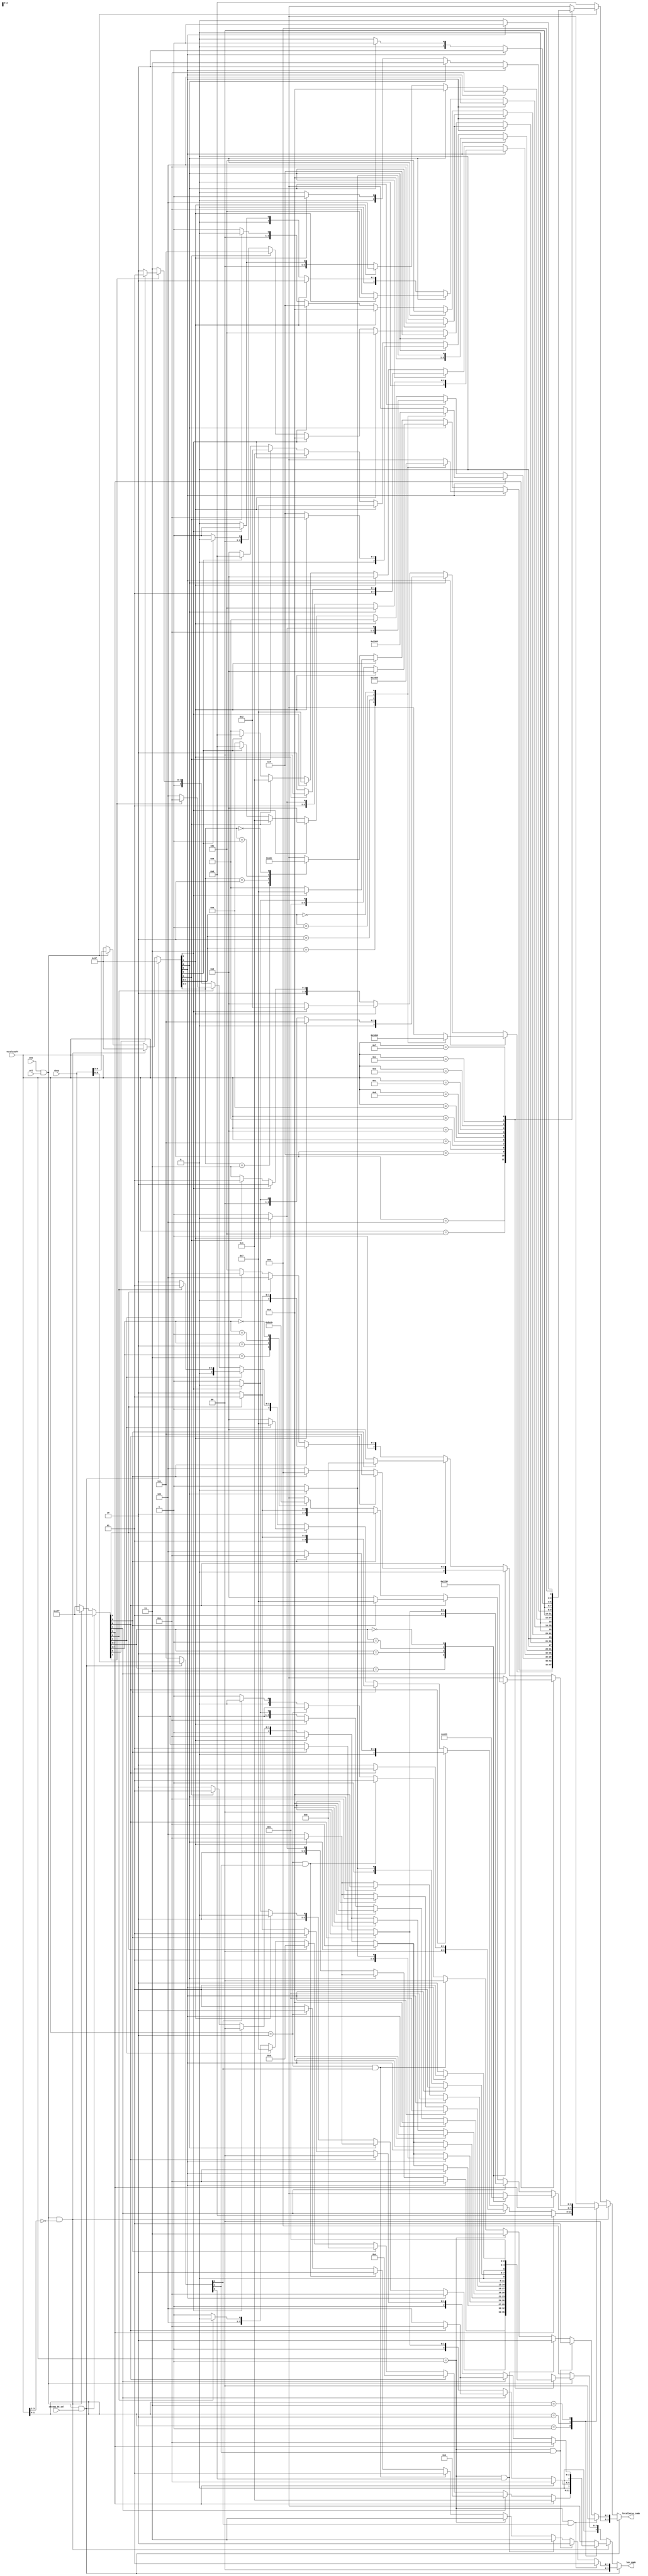
//////////////////////////////////////////////////////////////////////
////                                                              ////
////  cavlc_read_total_zeros                                      ////
////                                                              ////
////  Description                                                 ////
////       decode total_zeros                                     ////
////                                                              ////
////  Author(s):                                                  ////
////      - bin qiu, qiubin@opencores.org                         ////
////                                                              ////
//////////////////////////////////////////////////////////////////////
////                                                              ////
//// Copyright (C) 2011 Authors and OPENCORES.ORG                 ////
////                                                              ////
//// This source file may be used and distributed without         ////
//// restriction provided that this copyright statement is not    ////
//// removed from the file and that any derivative work contains  ////
//// the original copyright notice and the associated disclaimer. ////
////                                                              ////
//// This source file is free software; you can redistribute it   ////
//// and/or modify it under the terms of the GNU Lesser General   ////
//// Public License as published by the Free Software Foundation; ////
//// either version 2.1 of the License, or (at your option) any   ////
//// later version.                                               ////
////                                                              ////
//// This source is distributed in the hope that it will be       ////
//// useful, but WITHOUT ANY WARRANTY; without even the implied   ////
//// warranty of MERCHANTABILITY or FITNESS FOR A PARTICULAR      ////
//// PURPOSE.  See the GNU Lesser General Public License for more ////
//// details.                                                     ////
////                                                              ////
//// You should have received a copy of the GNU Lesser General    ////
//// Public License along with this source; if not, download it   ////
//// from http://www.opencores.org/lgpl.shtml                     ////
////                                                              ////
//////////////////////////////////////////////////////////////////////

//2011-8-14 initial version

`timescale 1ns / 1ns // timescale time_unit/time_presicion






















module cavlc_read_total_zeros
(
    ena,
    sel,
    chroma_DC_sel,
    rbsp,
    TotalCoeff,
    TotalZeros_comb,
    len_comb
);
//------------------------
//ports
//------------------------
input   ena;
input   sel;
input   chroma_DC_sel;
input   [0:8]   rbsp;
input   [3:0]   TotalCoeff;

output  [3:0]   TotalZeros_comb;
output  [3:0]   len_comb;

//-------------------------
//rregs
//-------------------------
reg     [3:0]   TotalZeros_comb;    //TotalZeros will be saved as ZeroLeft in module cavlc_read_run_befores 
reg     [3:0]   len_comb;


//for  chroma_DC
reg     [0:2]   rbsp_chroma_DC;         
reg     [1:0]   TotalZeros_chroma_DC;
reg     [1:0]   len_chroma_DC;

//for TotalCoeff <= 3
reg     [0:8]   rbsp_LE3;       
reg     [3:0]   TotalZeros_LE3;
reg     [3:0]   len_LE3;

//for TotalCoeff > 3
reg     [0:5]   rbsp_G3;        
reg     [3:0]   TotalZeros_G3;
reg     [2:0]   len_G3;


//----------------------------------------
//input mux
//----------------------------------------
always @(*)
if (ena && sel && chroma_DC_sel) begin
    rbsp_chroma_DC  <= rbsp[0:2];
    rbsp_LE3        <= 'hffff;
    rbsp_G3         <= 'hffff;
end
else if (ena && sel && TotalCoeff[3:2] == 2'b00) begin
    rbsp_chroma_DC  <= 'hffff;
    rbsp_LE3        <= rbsp[0:8];
    rbsp_G3         <= 'hffff;
end
else if (ena && sel)begin
    rbsp_chroma_DC  <= 'hffff;
    rbsp_LE3        <= 'hffff;
    rbsp_G3         <= rbsp[0:5];
end
else begin
    rbsp_chroma_DC  <= 'hffff;
    rbsp_LE3        <= 'hffff;
    rbsp_G3         <= 'hffff;
end

//----------------------------------------
//TotalZeros_chroma_DC & len_chroma_DC
//----------------------------------------
always @(*)
if ( TotalCoeff == 1 && rbsp_chroma_DC[0] ) begin
    TotalZeros_chroma_DC    <= 0;
    len_chroma_DC           <= 1;
end
else if ( TotalCoeff == 1 && rbsp_chroma_DC[1] ) begin
    TotalZeros_chroma_DC    <= 1;
    len_chroma_DC           <= 2;
end
else if ( TotalCoeff == 1 && rbsp_chroma_DC[2] ) begin
    TotalZeros_chroma_DC    <= 2;
    len_chroma_DC           <= 3;
end
else if ( TotalCoeff == 1 ) begin
    TotalZeros_chroma_DC    <= 3;
    len_chroma_DC           <= 3;
end
else if ( TotalCoeff == 2 && rbsp_chroma_DC[0] ) begin
    TotalZeros_chroma_DC    <= 0;
    len_chroma_DC           <= 1;
end
else if ( TotalCoeff == 2 && rbsp_chroma_DC[1] ) begin
    TotalZeros_chroma_DC    <= 1;
    len_chroma_DC           <= 2;
end
else if ( TotalCoeff == 2 ) begin
    TotalZeros_chroma_DC    <= 2;
    len_chroma_DC           <= 2;
end
else if ( rbsp_chroma_DC[0] ) begin
    TotalZeros_chroma_DC    <= 0;
    len_chroma_DC           <= 1;
end
else begin
    TotalZeros_chroma_DC    <= 1;
    len_chroma_DC           <= 1;
end


//---------------------------------
//TotalZeros_LE3 & len_LE3
//---------------------------------
always @(rbsp_LE3 or TotalCoeff)
case (TotalCoeff[1:0])
1 :begin
    case(1'b1)
    rbsp_LE3[0] : begin
        TotalZeros_LE3  <= 0;
        len_LE3         <= 1;   
    end
    rbsp_LE3[1] : begin
        len_LE3         <= 3;
        if (rbsp_LE3[2])
            TotalZeros_LE3  <= 1;
        else
            TotalZeros_LE3  <= 2;
    end
    rbsp_LE3[2] : begin
        len_LE3         <= 4;
        if (rbsp_LE3[3])
            TotalZeros_LE3  <= 3;
        else
            TotalZeros_LE3  <= 4;
    end
    rbsp_LE3[3] : begin
        len_LE3         <= 5;
        if (rbsp_LE3[4])
            TotalZeros_LE3  <= 5;
        else
            TotalZeros_LE3  <= 6;
    end
    rbsp_LE3[4] : begin
        len_LE3         <= 6;
        if (rbsp_LE3[5])
            TotalZeros_LE3  <= 7;
        else
            TotalZeros_LE3  <= 8;
    end
    rbsp_LE3[5] : begin
        len_LE3         <= 7;
        if (rbsp_LE3[6])
            TotalZeros_LE3  <= 9;
        else
            TotalZeros_LE3  <= 10;
    end
    rbsp_LE3[6] : begin
        len_LE3         <= 8;
        if (rbsp_LE3[7])
            TotalZeros_LE3  <= 11;
        else
            TotalZeros_LE3  <= 12;
    end
    rbsp_LE3[7] : begin
        len_LE3         <= 9;
        if (rbsp_LE3[8])
            TotalZeros_LE3  <= 13;
        else
            TotalZeros_LE3  <= 14;
    end
    default : begin
        len_LE3         <= 9;
        TotalZeros_LE3  <= 15;
    end
    endcase
end
2 : begin
    case(1'b1)
    rbsp_LE3[0] : begin
        len_LE3 <= 3;
        case(rbsp_LE3[1:2])
        'b11 :  TotalZeros_LE3  <= 0;
        'b10 :  TotalZeros_LE3  <= 1;
        'b01 :  TotalZeros_LE3  <= 2;
        'b00 :  TotalZeros_LE3  <= 3;
        endcase
    end
    rbsp_LE3[1] : begin
        if (rbsp_LE3[2]) begin
            TotalZeros_LE3  <= 4;
            len_LE3         <= 3;
        end
        else begin
            len_LE3         <= 4;
            if (rbsp_LE3[3])
                TotalZeros_LE3  <= 5;
            else
                TotalZeros_LE3  <= 6;
        end
    end
    rbsp_LE3[2] : begin
        len_LE3         <= 4;
        if (rbsp_LE3[3])
            TotalZeros_LE3  <= 7;
        else
            TotalZeros_LE3  <= 8;
    end
    rbsp_LE3[3] : begin
        len_LE3         <= 5;
        if (rbsp_LE3[4])
            TotalZeros_LE3  <= 9;
        else
            TotalZeros_LE3  <= 10;
    end
    default : begin
        len_LE3 <= 6;
        case(rbsp_LE3[4:5])
        'b11 :  TotalZeros_LE3  <= 11;
        'b10 :  TotalZeros_LE3  <= 12;
        'b01 :  TotalZeros_LE3  <= 13;
        'b00 :  TotalZeros_LE3  <= 14;
        endcase
    end
    endcase
end
3 : begin
    case(1'b1)
    rbsp_LE3[0] : begin
        len_LE3 <= 3;
        case(rbsp_LE3[1:2])
        'b11 :  TotalZeros_LE3  <= 1;
        'b10 :  TotalZeros_LE3  <= 2;
        'b01 :  TotalZeros_LE3  <= 3;
        'b00 :  TotalZeros_LE3  <= 6;
        endcase
    end
    rbsp_LE3[1] : begin
        if (rbsp_LE3[2]) begin
            TotalZeros_LE3  <= 7;
            len_LE3         <= 3;
        end
        else begin
            len_LE3         <= 4;
            if (rbsp_LE3[3])
                TotalZeros_LE3  <= 0;
            else
                TotalZeros_LE3  <= 4;
        end
    end
    rbsp_LE3[2] : begin
        len_LE3         <= 4;
        if (rbsp_LE3[3])
            TotalZeros_LE3  <= 5;
        else
            TotalZeros_LE3  <= 8;
    end
    rbsp_LE3[3] : begin
        len_LE3         <= 5;
        if (rbsp_LE3[4])
            TotalZeros_LE3  <= 9;
        else
            TotalZeros_LE3  <= 10;
    end
    rbsp_LE3[4] : begin
        len_LE3         <= 5;
        TotalZeros_LE3  <= 12;
    end
    default : begin
        len_LE3 <= 6;
        if(rbsp_LE3[5])
            TotalZeros_LE3  <= 11;
        else
            TotalZeros_LE3  <= 13;      
    end
    endcase
end
default : begin
    len_LE3         <= 'bx;
    TotalZeros_LE3  <= 'bx;
end
endcase

//---------------------------------
//TotalZeros_G3 & len_G3
//---------------------------------
always @(rbsp_G3 or TotalCoeff)
case (TotalCoeff)
4 : begin
    case(1'b1)
    rbsp_G3[0] : begin
        len_G3  <= 3;
        case(rbsp_G3[1:2])
        'b11 :  TotalZeros_G3   <= 1;
        'b10 :  TotalZeros_G3   <= 4;
        'b01 :  TotalZeros_G3   <= 5;
        'b00 :  TotalZeros_G3   <= 6;
        endcase
    end
    rbsp_G3[1] : begin
        if (rbsp_G3[2]) begin
            TotalZeros_G3   <= 8;
            len_G3          <= 3;
        end
        else begin
            len_G3          <= 4;
            if (rbsp_G3[3])
                TotalZeros_G3   <= 2;
            else
                TotalZeros_G3   <= 3;
        end
    end
    rbsp_G3[2] : begin
        len_G3          <= 4;
        if (rbsp_G3[3])
            TotalZeros_G3   <= 7;
        else
            TotalZeros_G3   <= 9;
    end
    default : begin
        len_G3  <= 5;
        case(rbsp_G3[3:4])
        'b11 :  TotalZeros_G3   <= 0;
        'b10 :  TotalZeros_G3   <= 10;
        'b01 :  TotalZeros_G3   <= 11;
        'b00 :  TotalZeros_G3   <= 12;
        endcase
    end
    endcase
end
5 :begin
    case(1'b1)
    rbsp_G3[0] : begin
        len_G3  <= 3;
        case(rbsp_G3[1:2])
        'b11 :  TotalZeros_G3   <= 3;
        'b10 :  TotalZeros_G3   <= 4;
        'b01 :  TotalZeros_G3   <= 5;
        'b00 :  TotalZeros_G3   <= 6;
        endcase
    end
    rbsp_G3[1] : begin
        if (rbsp_G3[2]) begin
            TotalZeros_G3   <= 7;
            len_G3          <= 3;
        end
        else begin
            len_G3          <= 4;
            if (rbsp_G3[3])
                TotalZeros_G3   <= 0;
            else
                TotalZeros_G3   <= 1;
        end
    end
    rbsp_G3[2] : begin
        len_G3          <= 4;
        if (rbsp_G3[3])
            TotalZeros_G3   <= 2;
        else
            TotalZeros_G3   <= 8;
    end
    rbsp_G3[3] : begin
        len_G3          <= 4;
        TotalZeros_G3   <= 10;
    end
    default : begin
        len_G3  <= 5;
        if (rbsp_G3[4])
            TotalZeros_G3   <= 9;
        else
            TotalZeros_G3   <= 11;
    end
    endcase
end
6 : begin
    case(1'b1)
    rbsp_G3[0] : begin
        len_G3  <= 3;
        case(rbsp_G3[1:2])
        'b11 :  TotalZeros_G3   <= 2;
        'b10 :  TotalZeros_G3   <= 3;
        'b01 :  TotalZeros_G3   <= 4;
        'b00 :  TotalZeros_G3   <= 5;
        endcase
    end
    rbsp_G3[1] : begin
        len_G3          <= 3;
        if (rbsp_G3[2])
            TotalZeros_G3   <= 6;
        else
            TotalZeros_G3   <= 7;
    end
    rbsp_G3[2] : begin
        len_G3          <= 3;
        TotalZeros_G3   <= 9;
    end
    rbsp_G3[3] : begin
        len_G3          <= 4;
        TotalZeros_G3   <= 8;
    end
    rbsp_G3[4] : begin
        len_G3          <= 5;
        TotalZeros_G3   <= 1;
    end
    default : begin
        len_G3  <= 6;
        if (rbsp_G3[5])
            TotalZeros_G3   <= 0;
        else
            TotalZeros_G3   <= 10;
    end
    endcase
end
7 :begin
    case(1'b1)
    rbsp_G3[0] : begin
        if (rbsp_G3[1]) begin
            TotalZeros_G3   <= 5;
            len_G3          <= 2;
        end
        else begin
            len_G3          <= 3;
            if (rbsp_G3[2])
                TotalZeros_G3   <= 2;
            else
                TotalZeros_G3   <= 3;
        end
    end
    rbsp_G3[1] : begin
        len_G3  <= 3;
        if (rbsp_G3[2])
            TotalZeros_G3   <= 4;
        else
            TotalZeros_G3   <= 6;
    end
    rbsp_G3[2] : begin
        len_G3          <= 3;
        TotalZeros_G3   <= 8;
    end
    rbsp_G3[3] : begin
        len_G3          <= 4;
        TotalZeros_G3   <= 7;
    end
    rbsp_G3[4] : begin
        len_G3          <= 5;
        TotalZeros_G3   <= 1;
    end
    default : begin
        len_G3          <= 6;
        if (rbsp_G3[5])
            TotalZeros_G3   <= 0;
        else
            TotalZeros_G3   <= 9;
    end
    endcase
end
8 :begin
    case(1'b1)
    rbsp_G3[0] : begin
        len_G3          <= 2;
        if (rbsp_G3[1]) 
            TotalZeros_G3   <= 4;
        else 
            TotalZeros_G3   <= 5;
    end
    rbsp_G3[1] : begin
        len_G3          <= 3;
        if (rbsp_G3[2]) 
            TotalZeros_G3   <= 3;
        else 
            TotalZeros_G3   <= 6;
    end
    rbsp_G3[2] : begin
        len_G3          <= 3;
        TotalZeros_G3   <= 7;
    end
    rbsp_G3[3] : begin
        len_G3          <= 4;
        TotalZeros_G3   <= 1;
    end
    rbsp_G3[4] : begin
        len_G3          <= 5;
        TotalZeros_G3   <= 2;
    end
    default : begin
        len_G3          <= 6;
        if (rbsp_G3[5])
            TotalZeros_G3   <= 0;
        else
            TotalZeros_G3   <= 8;
    end
    endcase
end
9 : begin
    case(1'b1)
    rbsp_G3[0] : begin
        len_G3          <= 2;
        if (rbsp_G3[1]) 
            TotalZeros_G3   <= 3;
        else 
            TotalZeros_G3   <= 4;
    end
    rbsp_G3[1] : begin
        len_G3          <= 2;
        TotalZeros_G3   <= 6;
    end
    rbsp_G3[2] : begin
        len_G3          <= 3;
        TotalZeros_G3   <= 5;
    end
    rbsp_G3[3] : begin
        len_G3          <= 4;
        TotalZeros_G3   <= 2;
    end
    rbsp_G3[4] : begin
        len_G3          <= 5;
        TotalZeros_G3   <= 7;
    end
    default : begin
        len_G3          <= 6;
        if (rbsp_G3[5])
            TotalZeros_G3   <= 0;
        else
            TotalZeros_G3   <= 1;
    end
    endcase
end
10 : begin
    case(1'b1)
    rbsp_G3[0] : begin
        len_G3          <= 2;
        if (rbsp_G3[1]) 
            TotalZeros_G3   <= 3;
        else 
            TotalZeros_G3   <= 4;
    end
    rbsp_G3[1] : begin
        len_G3          <= 2;
        TotalZeros_G3   <= 5;
    end
    rbsp_G3[2] : begin
        len_G3          <= 3;
        TotalZeros_G3   <= 2;
    end
    rbsp_G3[3] : begin
        len_G3          <= 4;
        TotalZeros_G3   <= 6;
    end
    default : begin
        len_G3          <= 5;
        if (rbsp_G3[4])
            TotalZeros_G3   <= 0;
        else
            TotalZeros_G3   <= 1;
    end
    endcase
end
11 : begin
    case(1'b1)
    rbsp_G3[0] : begin
        len_G3          <= 1;
        TotalZeros_G3   <= 4;
    end
    rbsp_G3[1] : begin
        len_G3          <= 3;
        if (rbsp_G3[2]) 
            TotalZeros_G3   <= 5;
        else 
            TotalZeros_G3   <= 3;
    end
    rbsp_G3[2] : begin
        len_G3          <= 3;
        TotalZeros_G3   <= 2;
    end
    default : begin
        len_G3          <= 4;
        if (rbsp_G3[3])
            TotalZeros_G3   <= 1;
        else
            TotalZeros_G3   <= 0;
    end
    endcase
end
12 : begin
    case(1'b1)
    rbsp_G3[0] : begin
        len_G3          <= 1;
        TotalZeros_G3   <= 3;
    end
    rbsp_G3[1] : begin
        len_G3          <= 2;
        TotalZeros_G3   <= 2;
    end
    rbsp_G3[2] : begin
        len_G3          <= 3;
        TotalZeros_G3   <= 4;
    end
    default : begin
        len_G3          <= 4;
        if (rbsp_G3[3])
            TotalZeros_G3   <= 1;
        else
            TotalZeros_G3   <= 0;
    end
    endcase
end
13  :begin
    if (rbsp_G3[0]) begin
        TotalZeros_G3   <= 2;
        len_G3          <= 1;       
    end
    else if (rbsp_G3[1]) begin
        TotalZeros_G3   <= 3;
        len_G3          <= 2;   
    end
    else if (rbsp_G3[2]) begin
        TotalZeros_G3   <= 1;
        len_G3          <= 3;   
    end
    else begin
        TotalZeros_G3   <= 0;
        len_G3          <= 3;       
    end
end
14  : begin
    if (rbsp_G3[0]) begin
        TotalZeros_G3   <= 2;
        len_G3          <= 1;       
    end
    else if (rbsp_G3[1]) begin
        TotalZeros_G3   <= 1;
        len_G3          <= 2;   
    end
    else begin
        TotalZeros_G3   <= 0;
        len_G3          <= 2;       
    end
end
15  : begin
    len_G3  <= 1;
    if (rbsp_G3[0])
        TotalZeros_G3   <= 1;
    else
        TotalZeros_G3   <= 0;
end
default : begin
    len_G3          <= 'bx;
    TotalZeros_G3   <= 'bx;
end
endcase

//---------------------------------
//TotalZeros_comb & len_comb
//---------------------------------
always @(*)
if (ena && sel && chroma_DC_sel) begin
    TotalZeros_comb     <= TotalZeros_chroma_DC;
    len_comb            <= len_chroma_DC;
end
else if (ena && sel && TotalCoeff[3:2] == 2'b00) begin
    TotalZeros_comb     <= TotalZeros_LE3;
    len_comb            <= len_LE3;
end
else if (ena && sel)begin
    TotalZeros_comb     <= TotalZeros_G3;
    len_comb            <= len_G3;
end
else begin
    TotalZeros_comb     <= 0;
    len_comb            <= 0;
end


endmodule